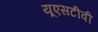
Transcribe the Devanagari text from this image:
यूएसटीवी